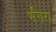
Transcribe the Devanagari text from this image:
भँगरा